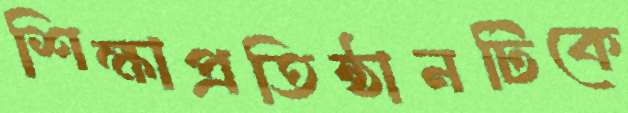
শিক্ষাপ্রতিষ্ঠানটিকে